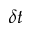
\delta t